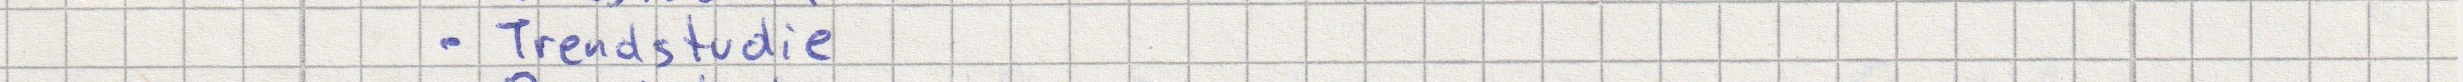
- Trendstudie